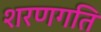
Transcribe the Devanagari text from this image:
शरणगति